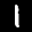
Label: 1